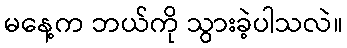
မနေ့က ဘယ်ကို သွားခဲ့ပါသလဲ။